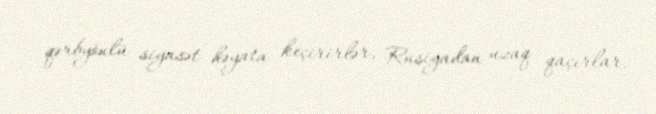
qərbyönlü siyasət həyata keçirirlər, Rusiyadan uzaq qaçırlar.